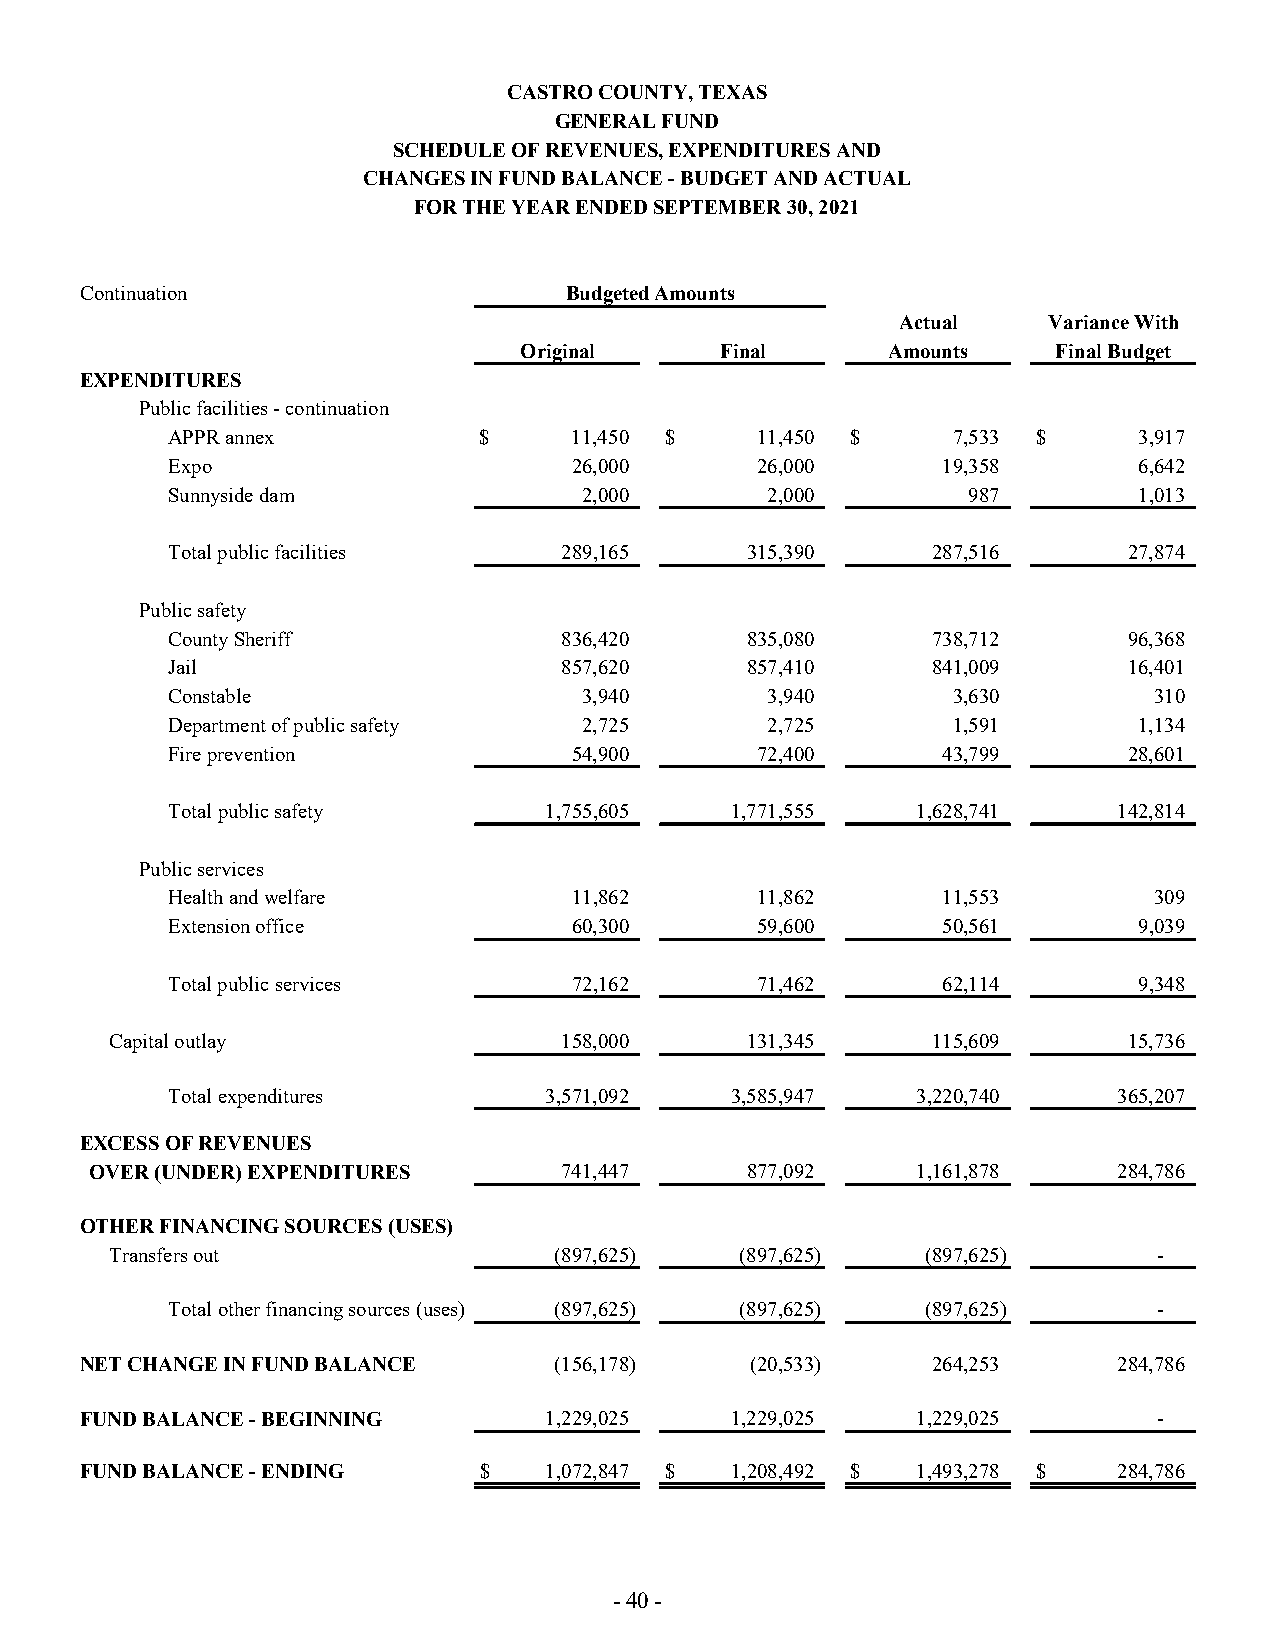
CASTRO COUNTY, TEXAS
 GENERAL FUND
 SCHEDULE OF REVENUES, EXPENDITURES AND
 CHANGES IN FUND BALANCE - BUDGET AND ACTUAL
 FOR THE YEAR ENDED SEPTEMBER 30, 2021
 Continuation                    Budgeted Amounts
 Actual   Variance With
 Original      Final      Amounts    Final Budget
 EXPENDITURES
 Public facilities - continuation
 APPR annex           $     11,450 $    11,450 $     7,533 $     3,917
 Expo                       26,000      26,000      19,358       6,642
 Sunnyside dam               2,000       2,000        987        1,013
 Total public facilities   289,165     315,390      287,516      27,874
 Public safety
 County Sheriff            836,420     835,080      738,712      96,368
 Jail                      857,620     857,410      841,009      16,401
 Constable                   3,940       3,940       3,630        310
 Department of public safety 2,725       2,725       1,591       1,134
 Fire prevention            54,900      72,400      43,799       28,601
 Total public safety      1,755,605   1,771,555    1,628,741    142,814
 Public services
 Health and welfare         11,862      11,862      11,553        309
 Extension office           60,300      59,600      50,561       9,039
 Total public services      72,162      71,462      62,114       9,348
 Capital outlay                158,000     131,345      115,609      15,736
 Total expenditures       3,571,092   3,585,947    3,220,740    365,207
 EXCESS OF REVENUES
 OVER (UNDER) EXPENDITURES      741,447     877,092     1,161,878    284,786
 OTHER FINANCING SOURCES (USES)
 Transfers out                 (897,625)   (897,625)   (897,625)       -
 Total other financing sources (uses) (897,625) (897,625) (897,625) -
 NET CHANGE IN FUND BALANCE      (156,178)    (20,533)    264,253     284,786
 FUND BALANCE - BEGINNING       1,229,025   1,229,025    1,229,025       -
 FUND BALANCE - ENDING      $   1,072,847 $ 1,208,492 $  1,493,278 $  284,786
 - 40 -